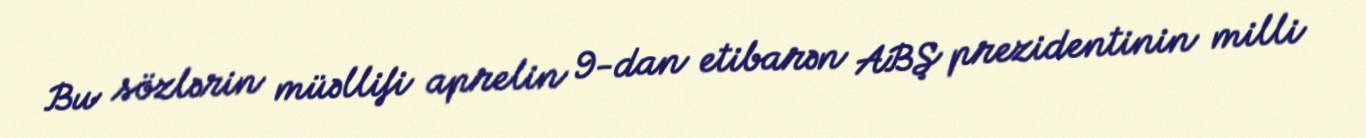
Bu sözlərin müəllifi aprelin 9-dan etibarən ABŞ prezidentinin milli